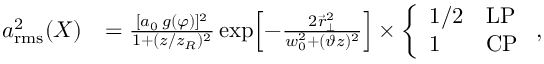
\begin{array} { r l } { a _ { \mathrm { r m s } } ^ { 2 } ( X ) } & { = \frac { [ a _ { 0 } \, g ( \varphi ) ] ^ { 2 } } { 1 + ( z / z _ { R } ) ^ { 2 } } \exp \! \left[ - \frac { 2 \vec { r } _ { \perp } ^ { 2 } } { w _ { 0 } ^ { 2 } + ( \vartheta z ) ^ { 2 } } \right] \times \left\{ \begin{array} { l l } { 1 / 2 } & { \mathrm { L P } } \\ { 1 } & { \mathrm { C P } } \end{array} \right. , } \end{array}